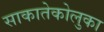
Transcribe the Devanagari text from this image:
साकातेकोलुका